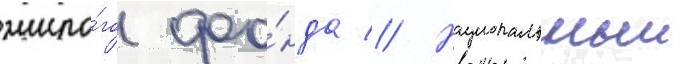
жило́го фо́нда // Национальныи